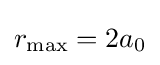
r_{\mathrm {max} }=2a_{0}